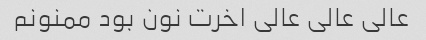
عالی عالی عالی اخرت نون بود ممنونم